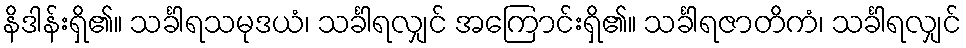
နိဒါန်းရှိ၏။ သင်္ခါရသမုဒယံ၊ သင်္ခါရလျှင် အကြောင်းရှိ၏။ သင်္ခါရဇာတိကံ၊ သင်္ခါရလျှင်